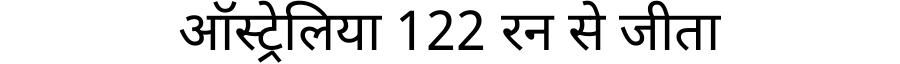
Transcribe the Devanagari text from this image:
ऑस्ट्रेलिया 122 रन से जीता